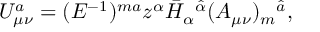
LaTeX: U _ { \mu \nu } ^ { a } = ( E ^ { - 1 } ) ^ { m a } z ^ { \alpha } \bar { H } _ { \alpha } { } ^ { \hat { \alpha } } ( A _ { \mu \nu } ) _ { m } { } ^ { \hat { a } } ,